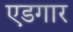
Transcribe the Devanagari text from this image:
एडगार